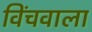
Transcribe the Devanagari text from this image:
विंचवाला